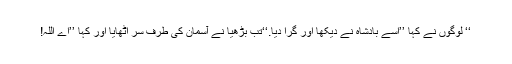
‘‘ لوگوں نے کہا ’’اسے بادشاہ نے دیکھا اور گرا دیا.‘‘تب بڑھیا نے آسمان کی طرف سر اٹھایا اور کہا ’’اے اللہ!